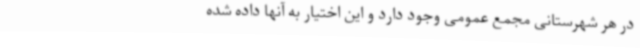
در هر شهرستانی مجمع عمومی وجود دارد و این اختیار به آنها داده شده